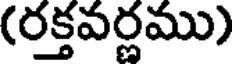
(రక్తవర్ణము)